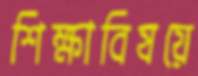
শিক্ষাবিষয়ে